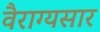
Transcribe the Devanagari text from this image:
वैराग्यसार